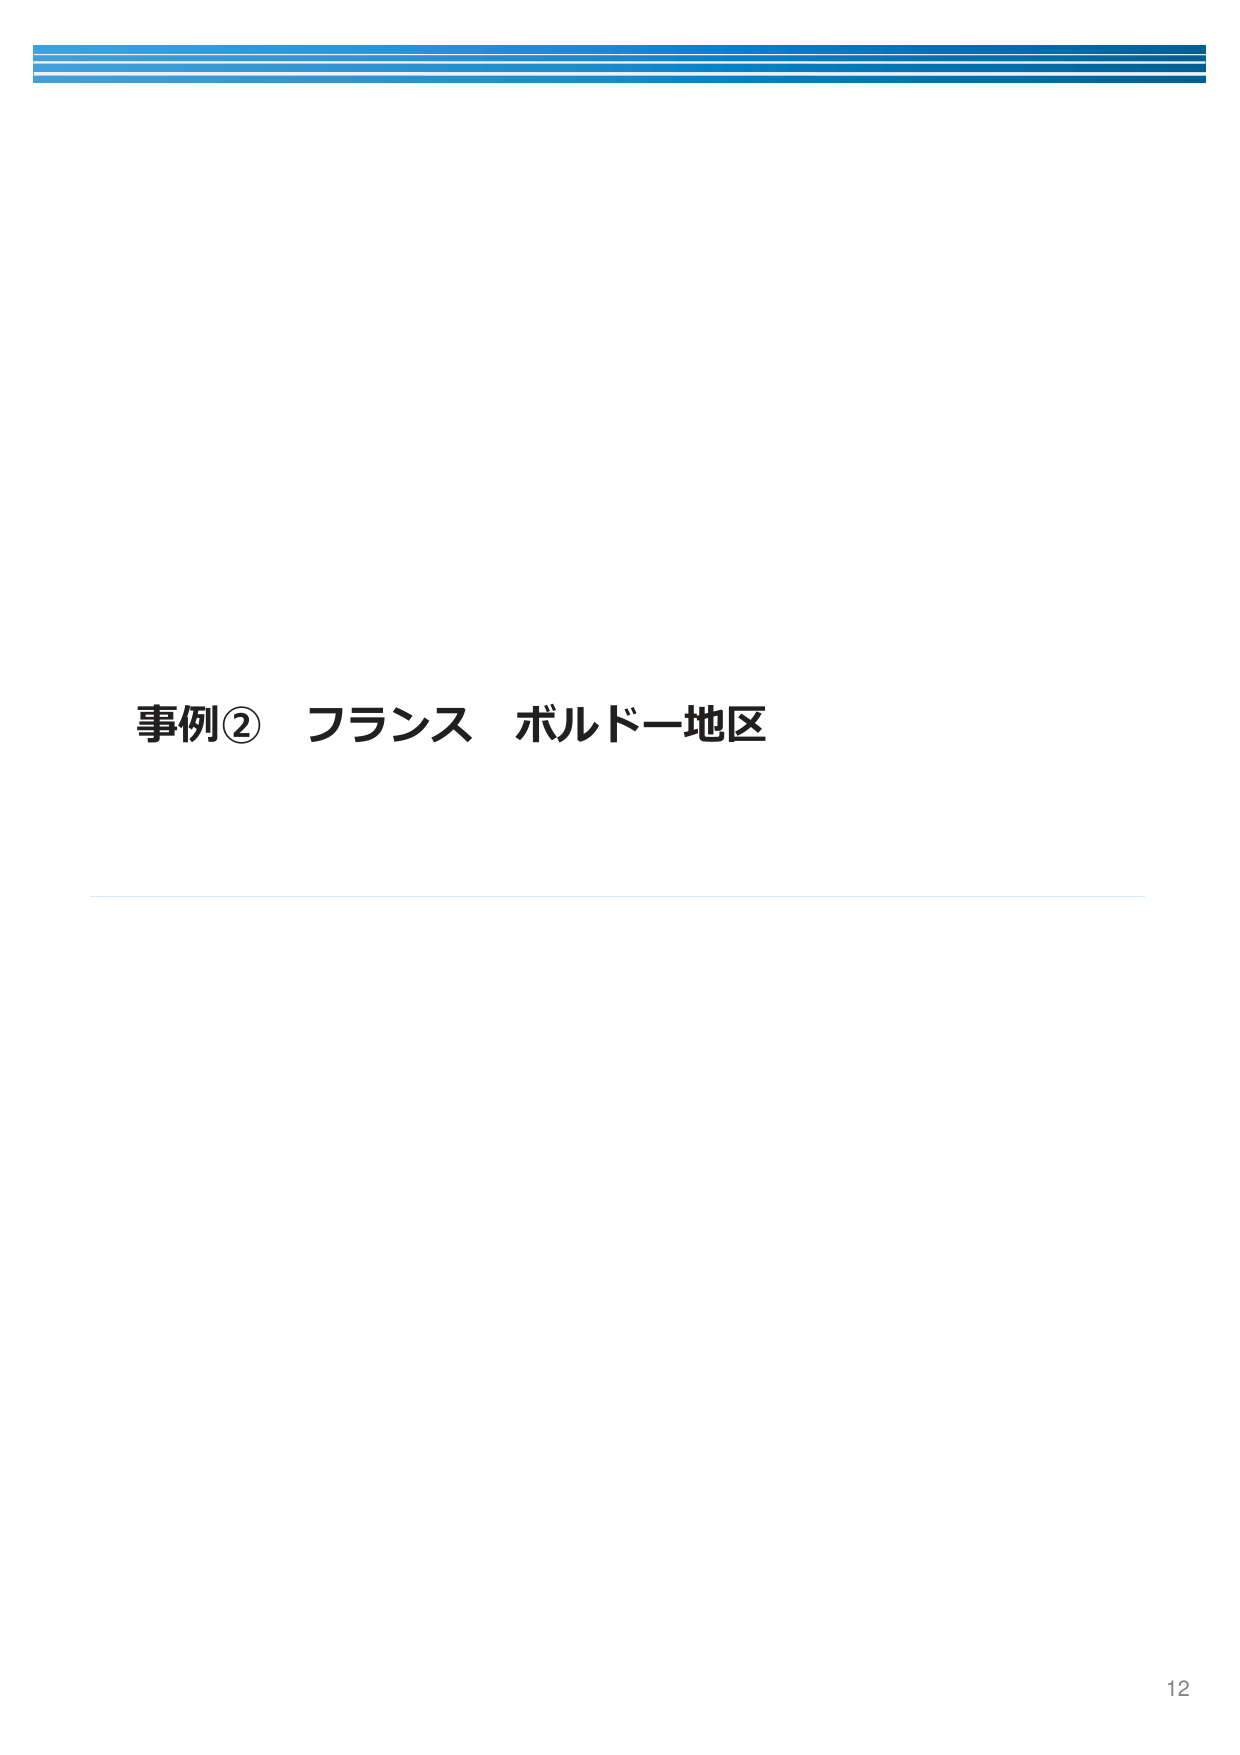
事例② フランス ボルドー地区
12